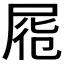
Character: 𡱹